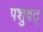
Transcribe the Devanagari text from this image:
पशुवत्